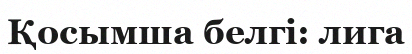
Қосымша белгі: лига